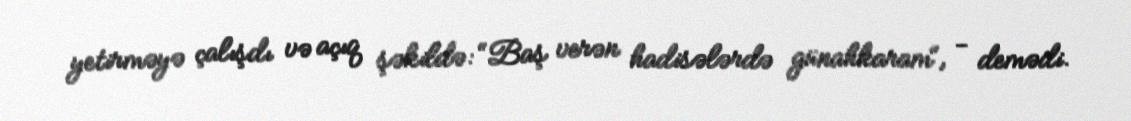
yetirməyə çalışdı və açıq şəkildə: “Baş verən hadisələrdə günahkaram“, - demədi.